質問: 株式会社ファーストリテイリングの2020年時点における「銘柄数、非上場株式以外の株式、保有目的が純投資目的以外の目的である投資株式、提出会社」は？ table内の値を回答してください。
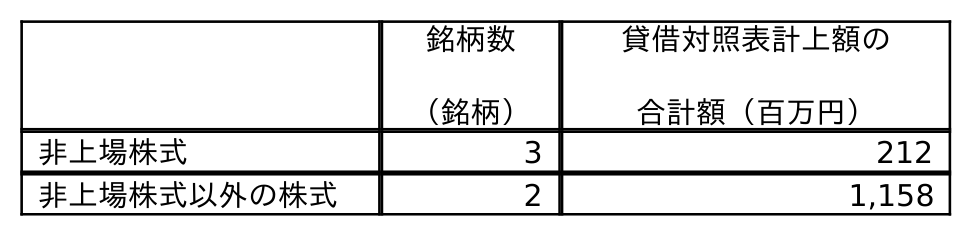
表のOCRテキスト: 銘柄数 （銘柄） 貸借対照表計上額の 合計額（百万円） 非上場株式 3 212 非上場株式以外の株式 2 1,158
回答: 2